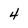
Character: 4